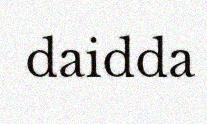
daidda